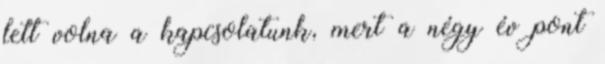
lett volna a kapcsolatunk, mert a négy év pont